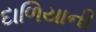
દાળિયાની